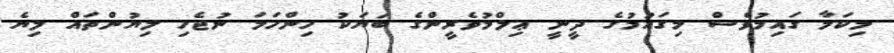
މިކަމާ ގައިމުވެސް މިގައުމުގެ ދީނީ ޢިލްމުވެރީންގެ ބަޔަކު ހިންހަމަ ނުޖެހި ލިޔުންތައް ލިޔެ